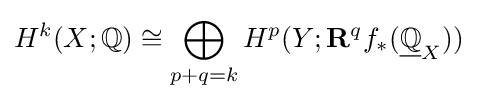
H^{k}(X;\mathbb {Q} )\cong \bigoplus _{p+q=k}H^{p}(Y;\mathbf {R} ^{q}f_{*}({\underline {\mathbb {Q} }}_{X}))